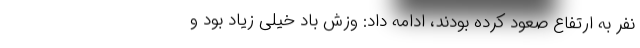
نفر به ارتفاع صعود کرده‌ بودند، ادامه داد: وزش باد خیلی زیاد بود و